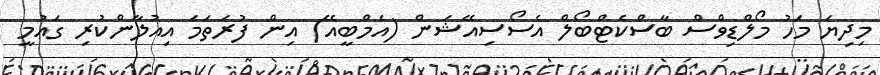
މިދިޔަ މަހު މޯލްޑިވްސް ބާސްކެޓްބޯލް އެސޯސިއޭޝަން (އެމްބީއޭ) އިން ފުރަތަމަ އިއުލާންކުރި ގައުމީ